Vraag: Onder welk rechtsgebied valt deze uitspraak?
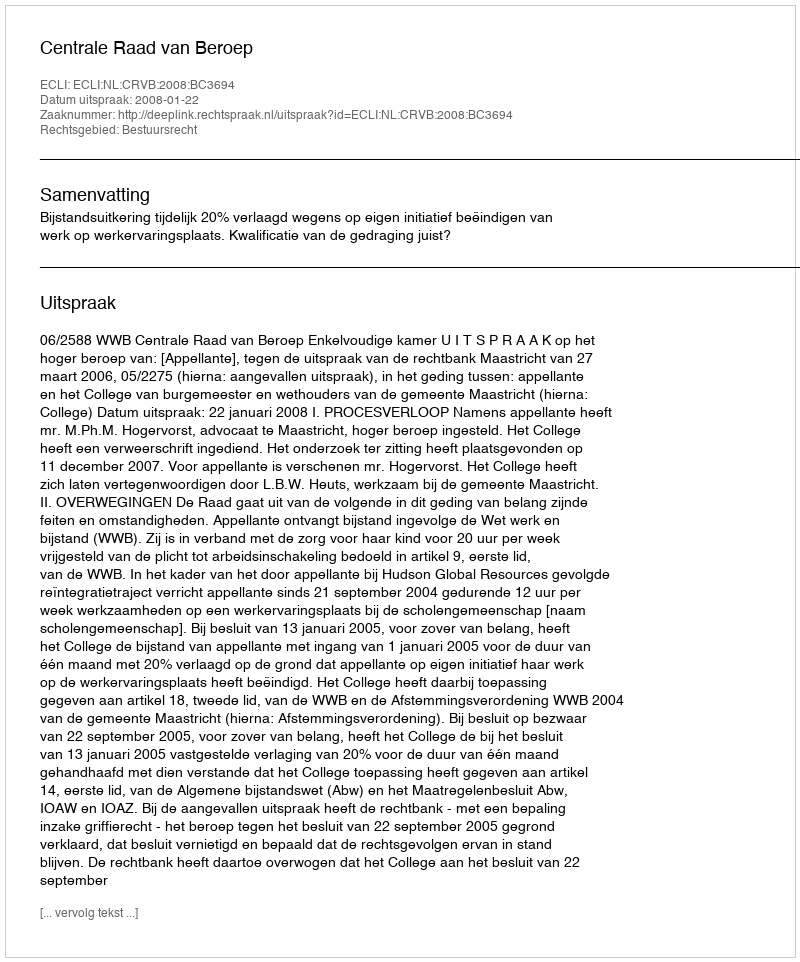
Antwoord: Bestuursrecht